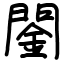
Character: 䦦